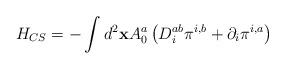
LaTeX: \begin{align*}H_{CS}=-\int d^2{\bf x}A_0^a\left( D_i^{ab}\pi ^{i,b}+\partial _i\pi^{i,a}\right) \end{align*}